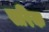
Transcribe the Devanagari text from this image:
सरिक